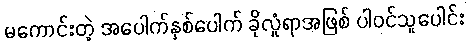
မကောင်းတဲ့ အပေါက်နှစ်ပေါက် ခိုလှုံရာအဖြစ် ပါဝင်သူပေါင်း